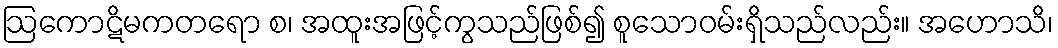
ဩကောဋိမကတရော စ၊ အထူးအဖြင့်ကွသည်ဖြစ်၍ စူသောဝမ်းရှိသည်လည်း။ အဟောသိ၊